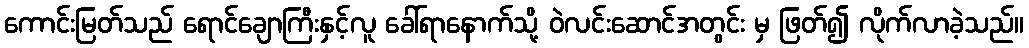
ကောင်းမြတ်သည် ရောင်ချောကြီးနှင့်လူ ခေါ်ရာနောက်သို့ ဝဲလင်းဆောင်အတွင်း မှ ဖြတ်၍ လိုက်လာခဲ့သည်။